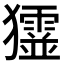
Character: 𤣋